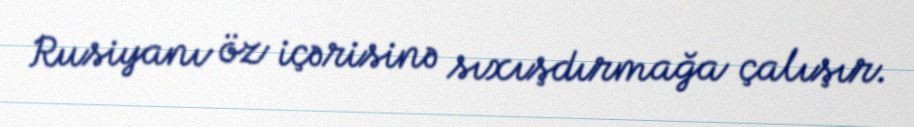
Rusiyanı öz içərisinə sıxışdırmağa çalışır.